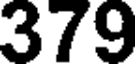
379